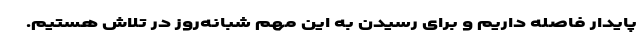
پایدار فاصله داریم و برای رسیدن به این مهم شبانه‌روز در تلاش هستیم.